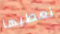
نعطيها